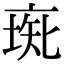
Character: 𠅰